Bréfritari: Stefanía Siggeirsdóttir
Viðtakandi: Páll Pálsson
Dagsetning: A-1871-01-02
Skrifað á: Hraungerði  Árn.
Stefanía var bróðurdóttir Páls Pálssonar

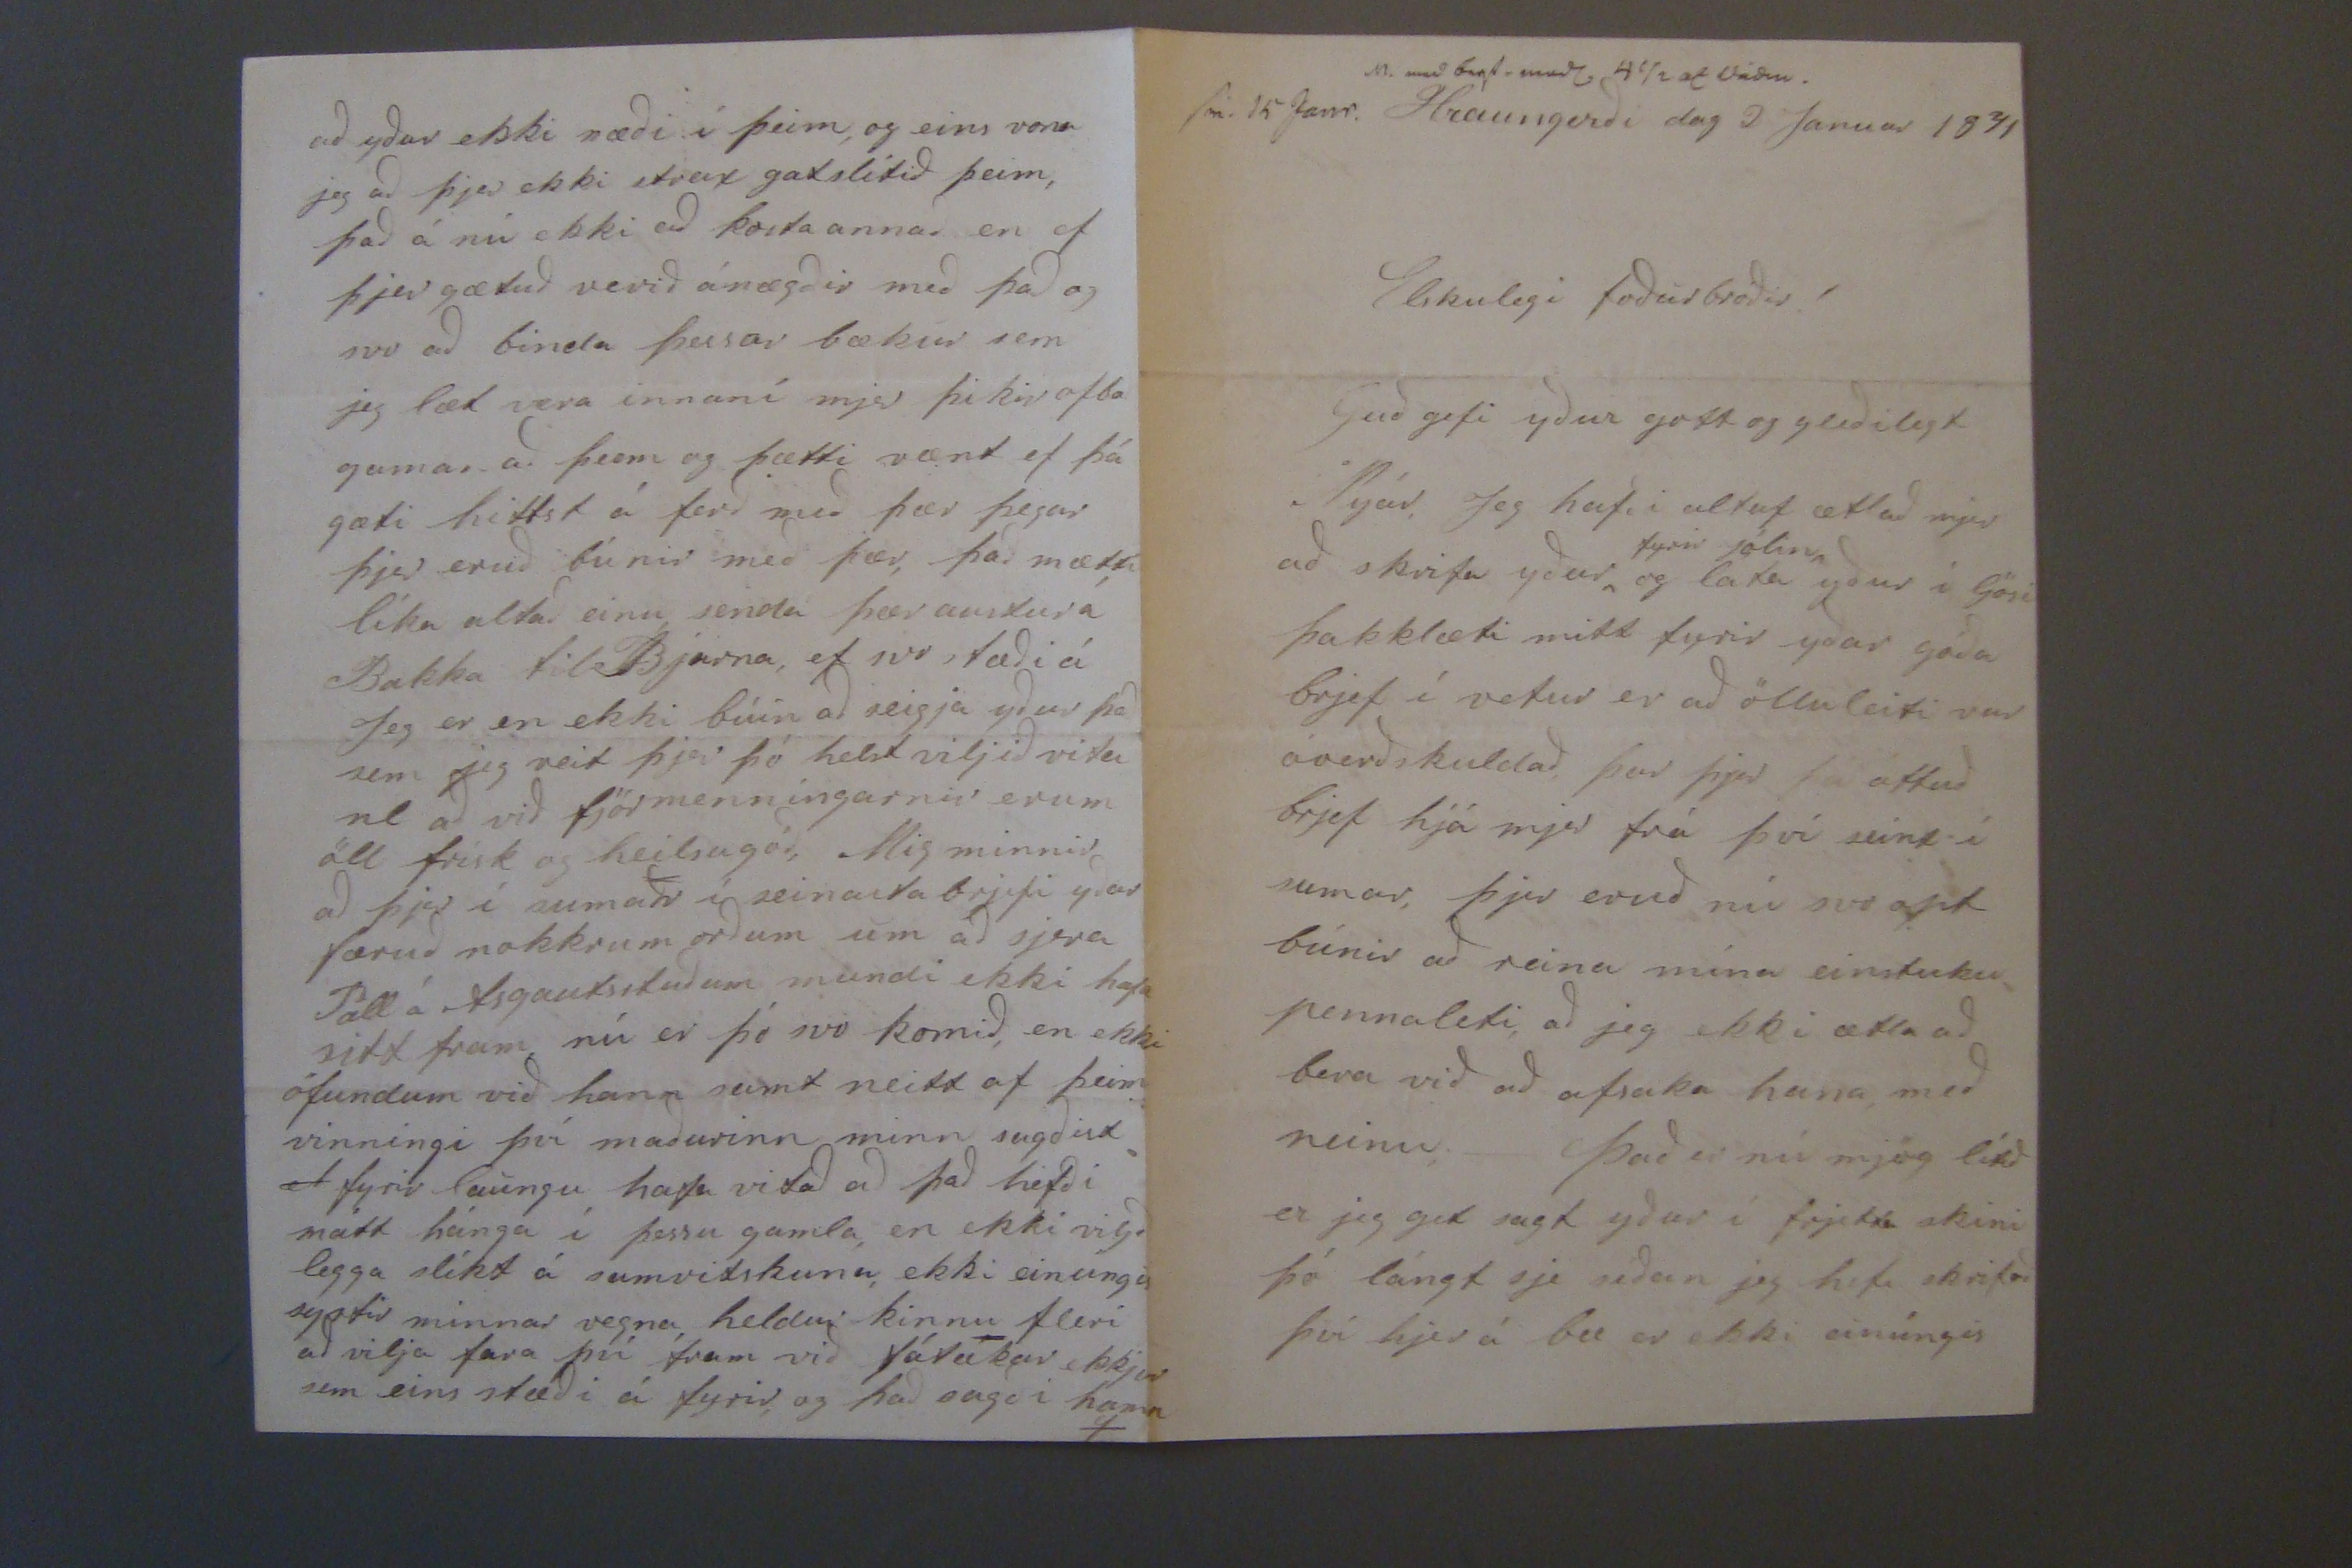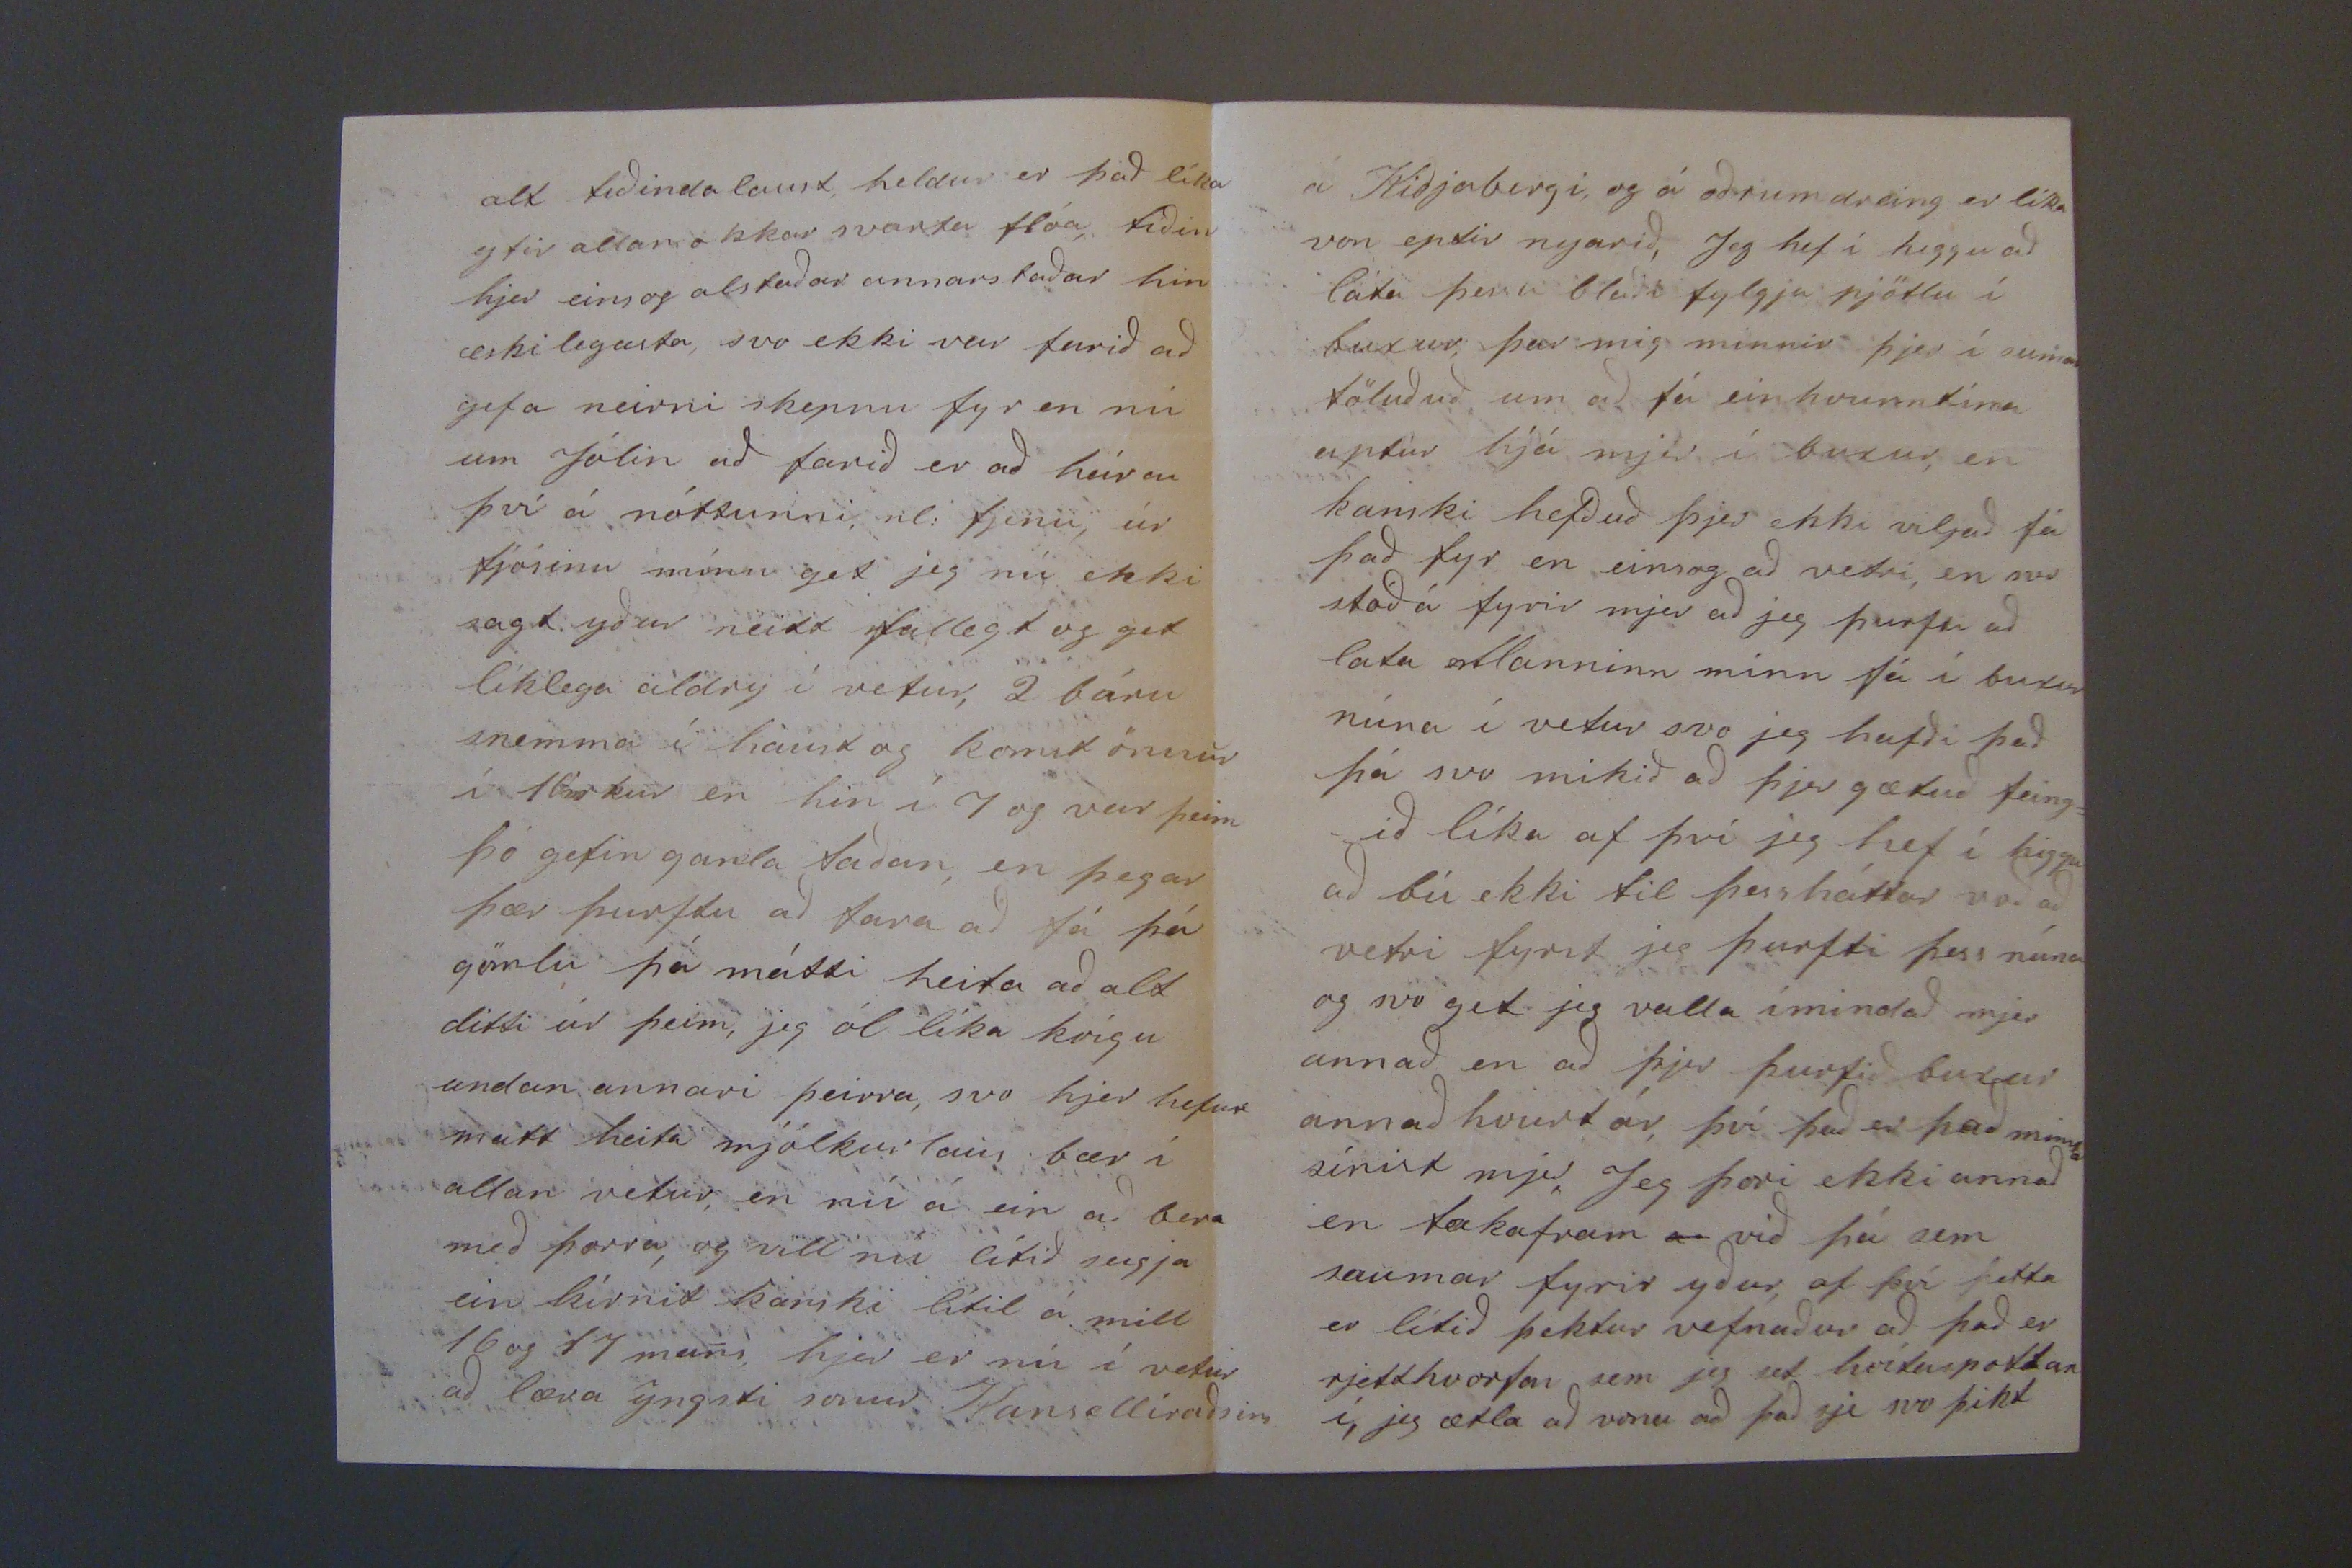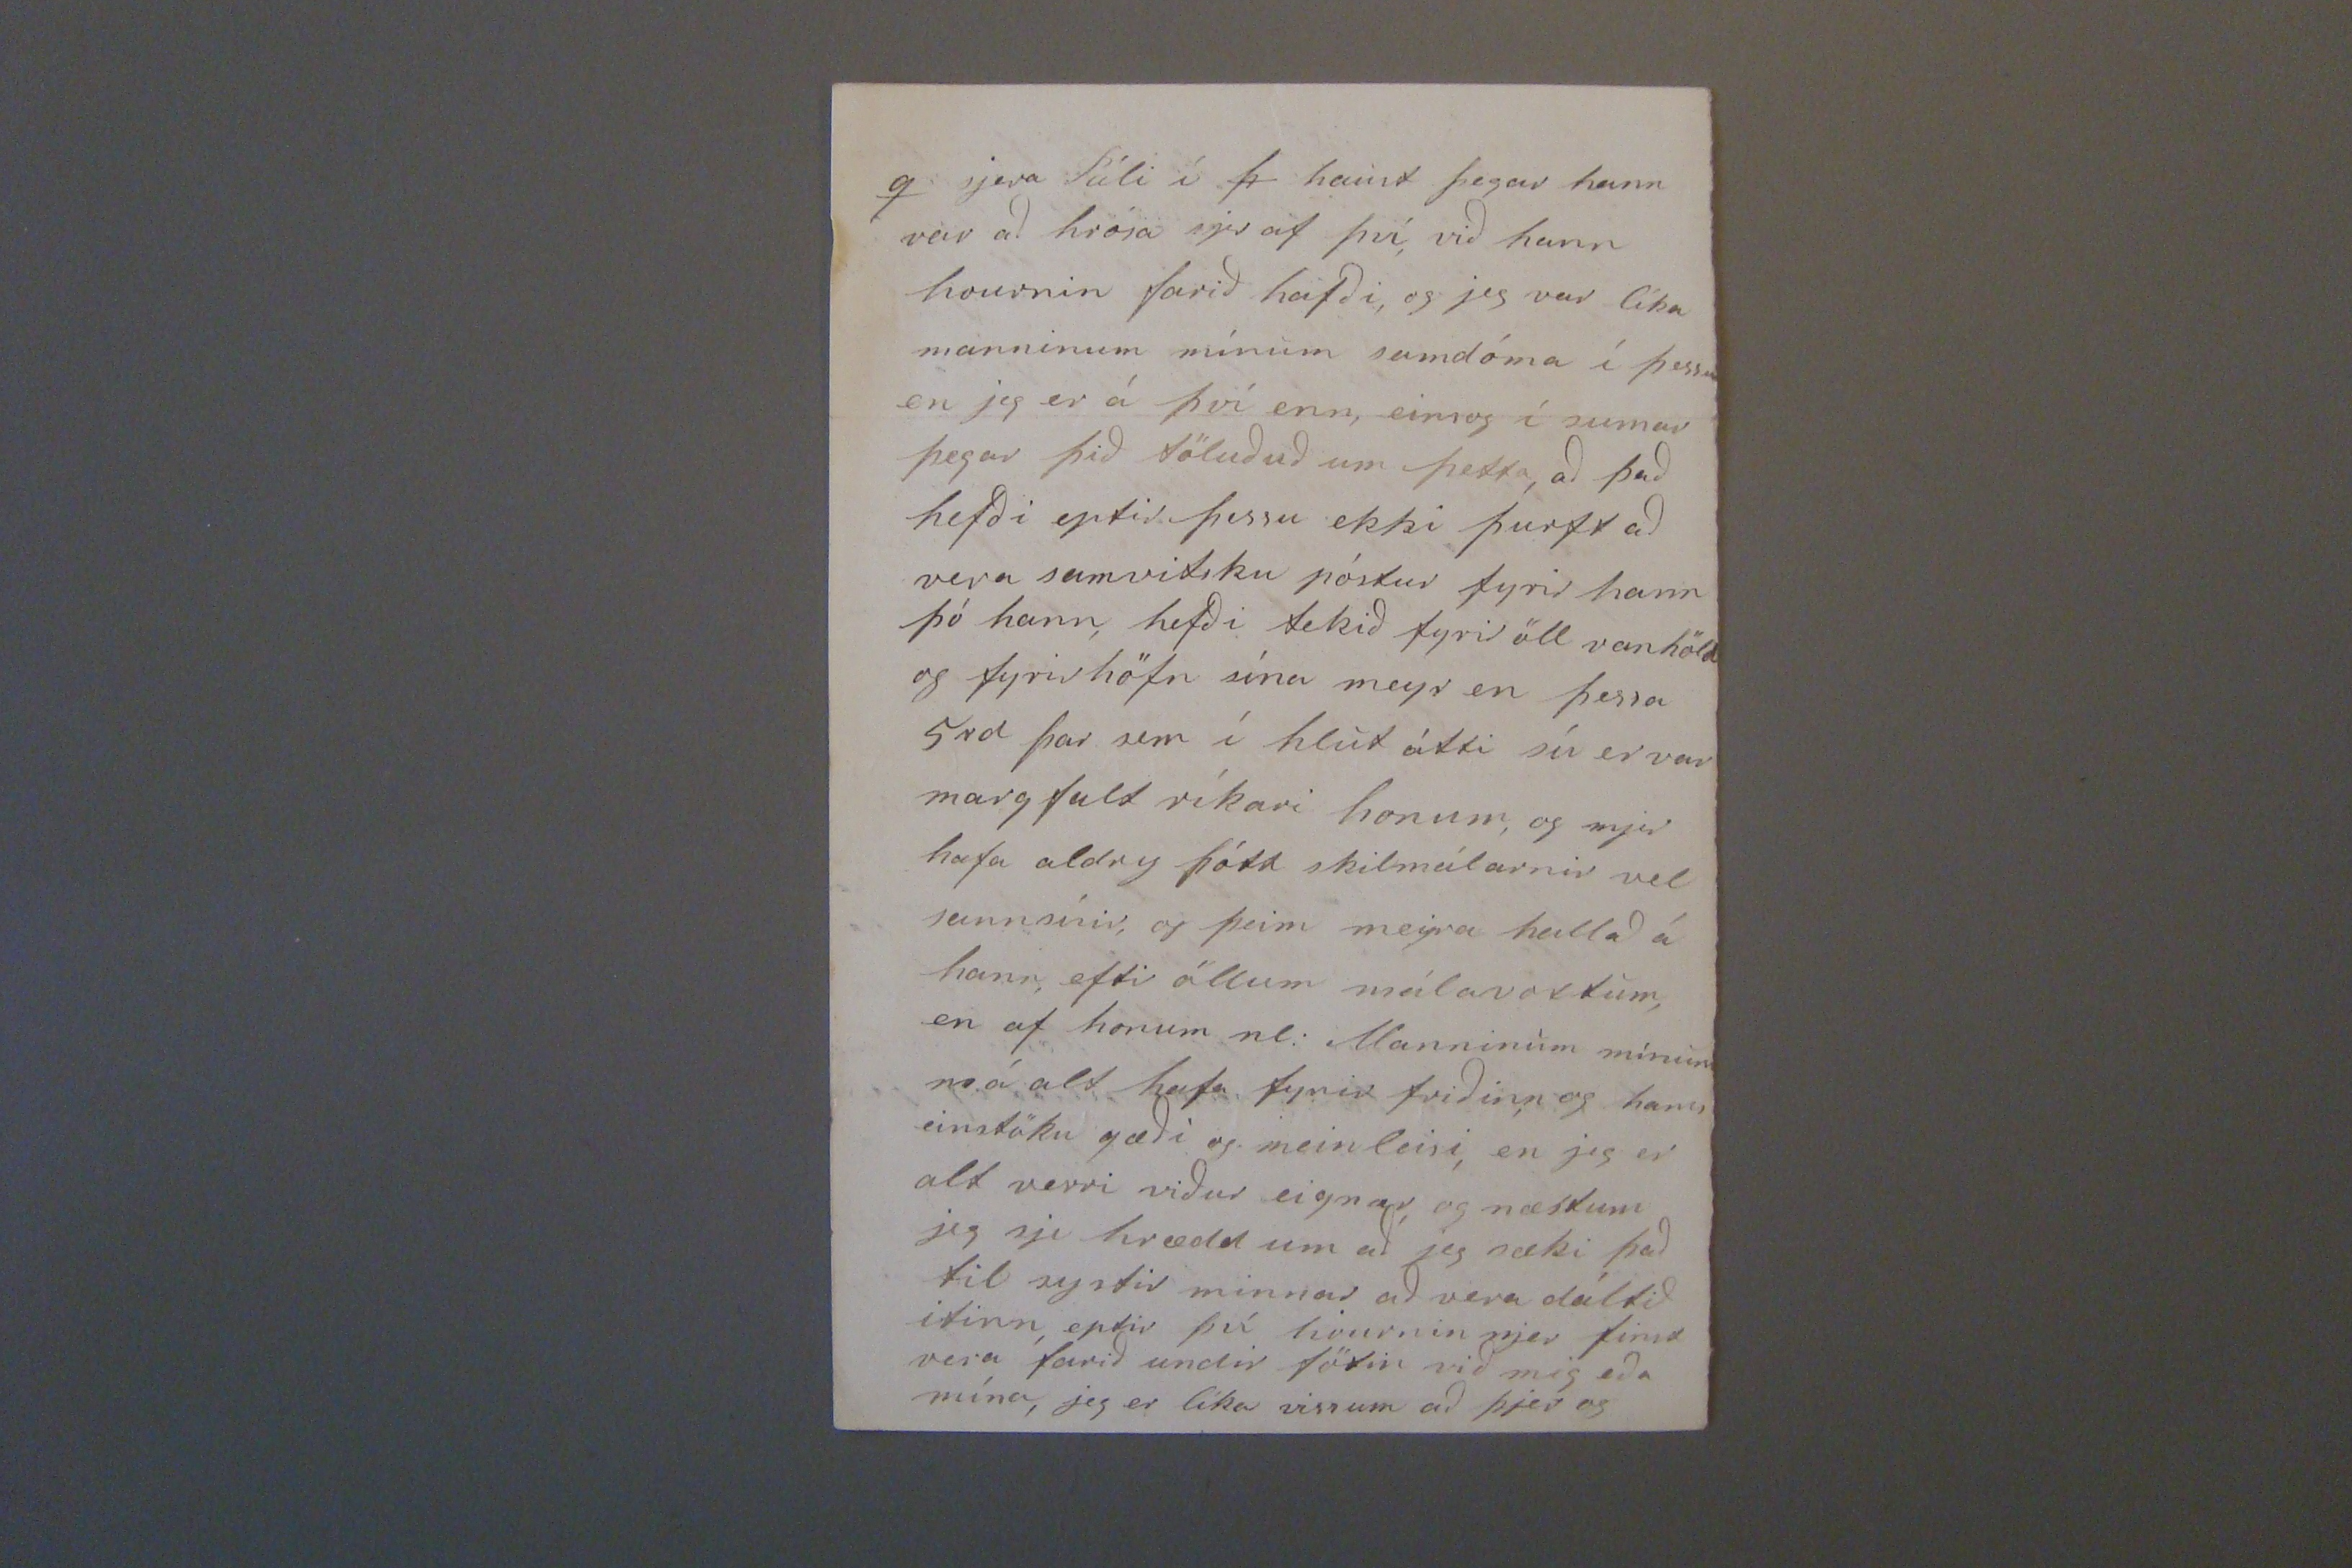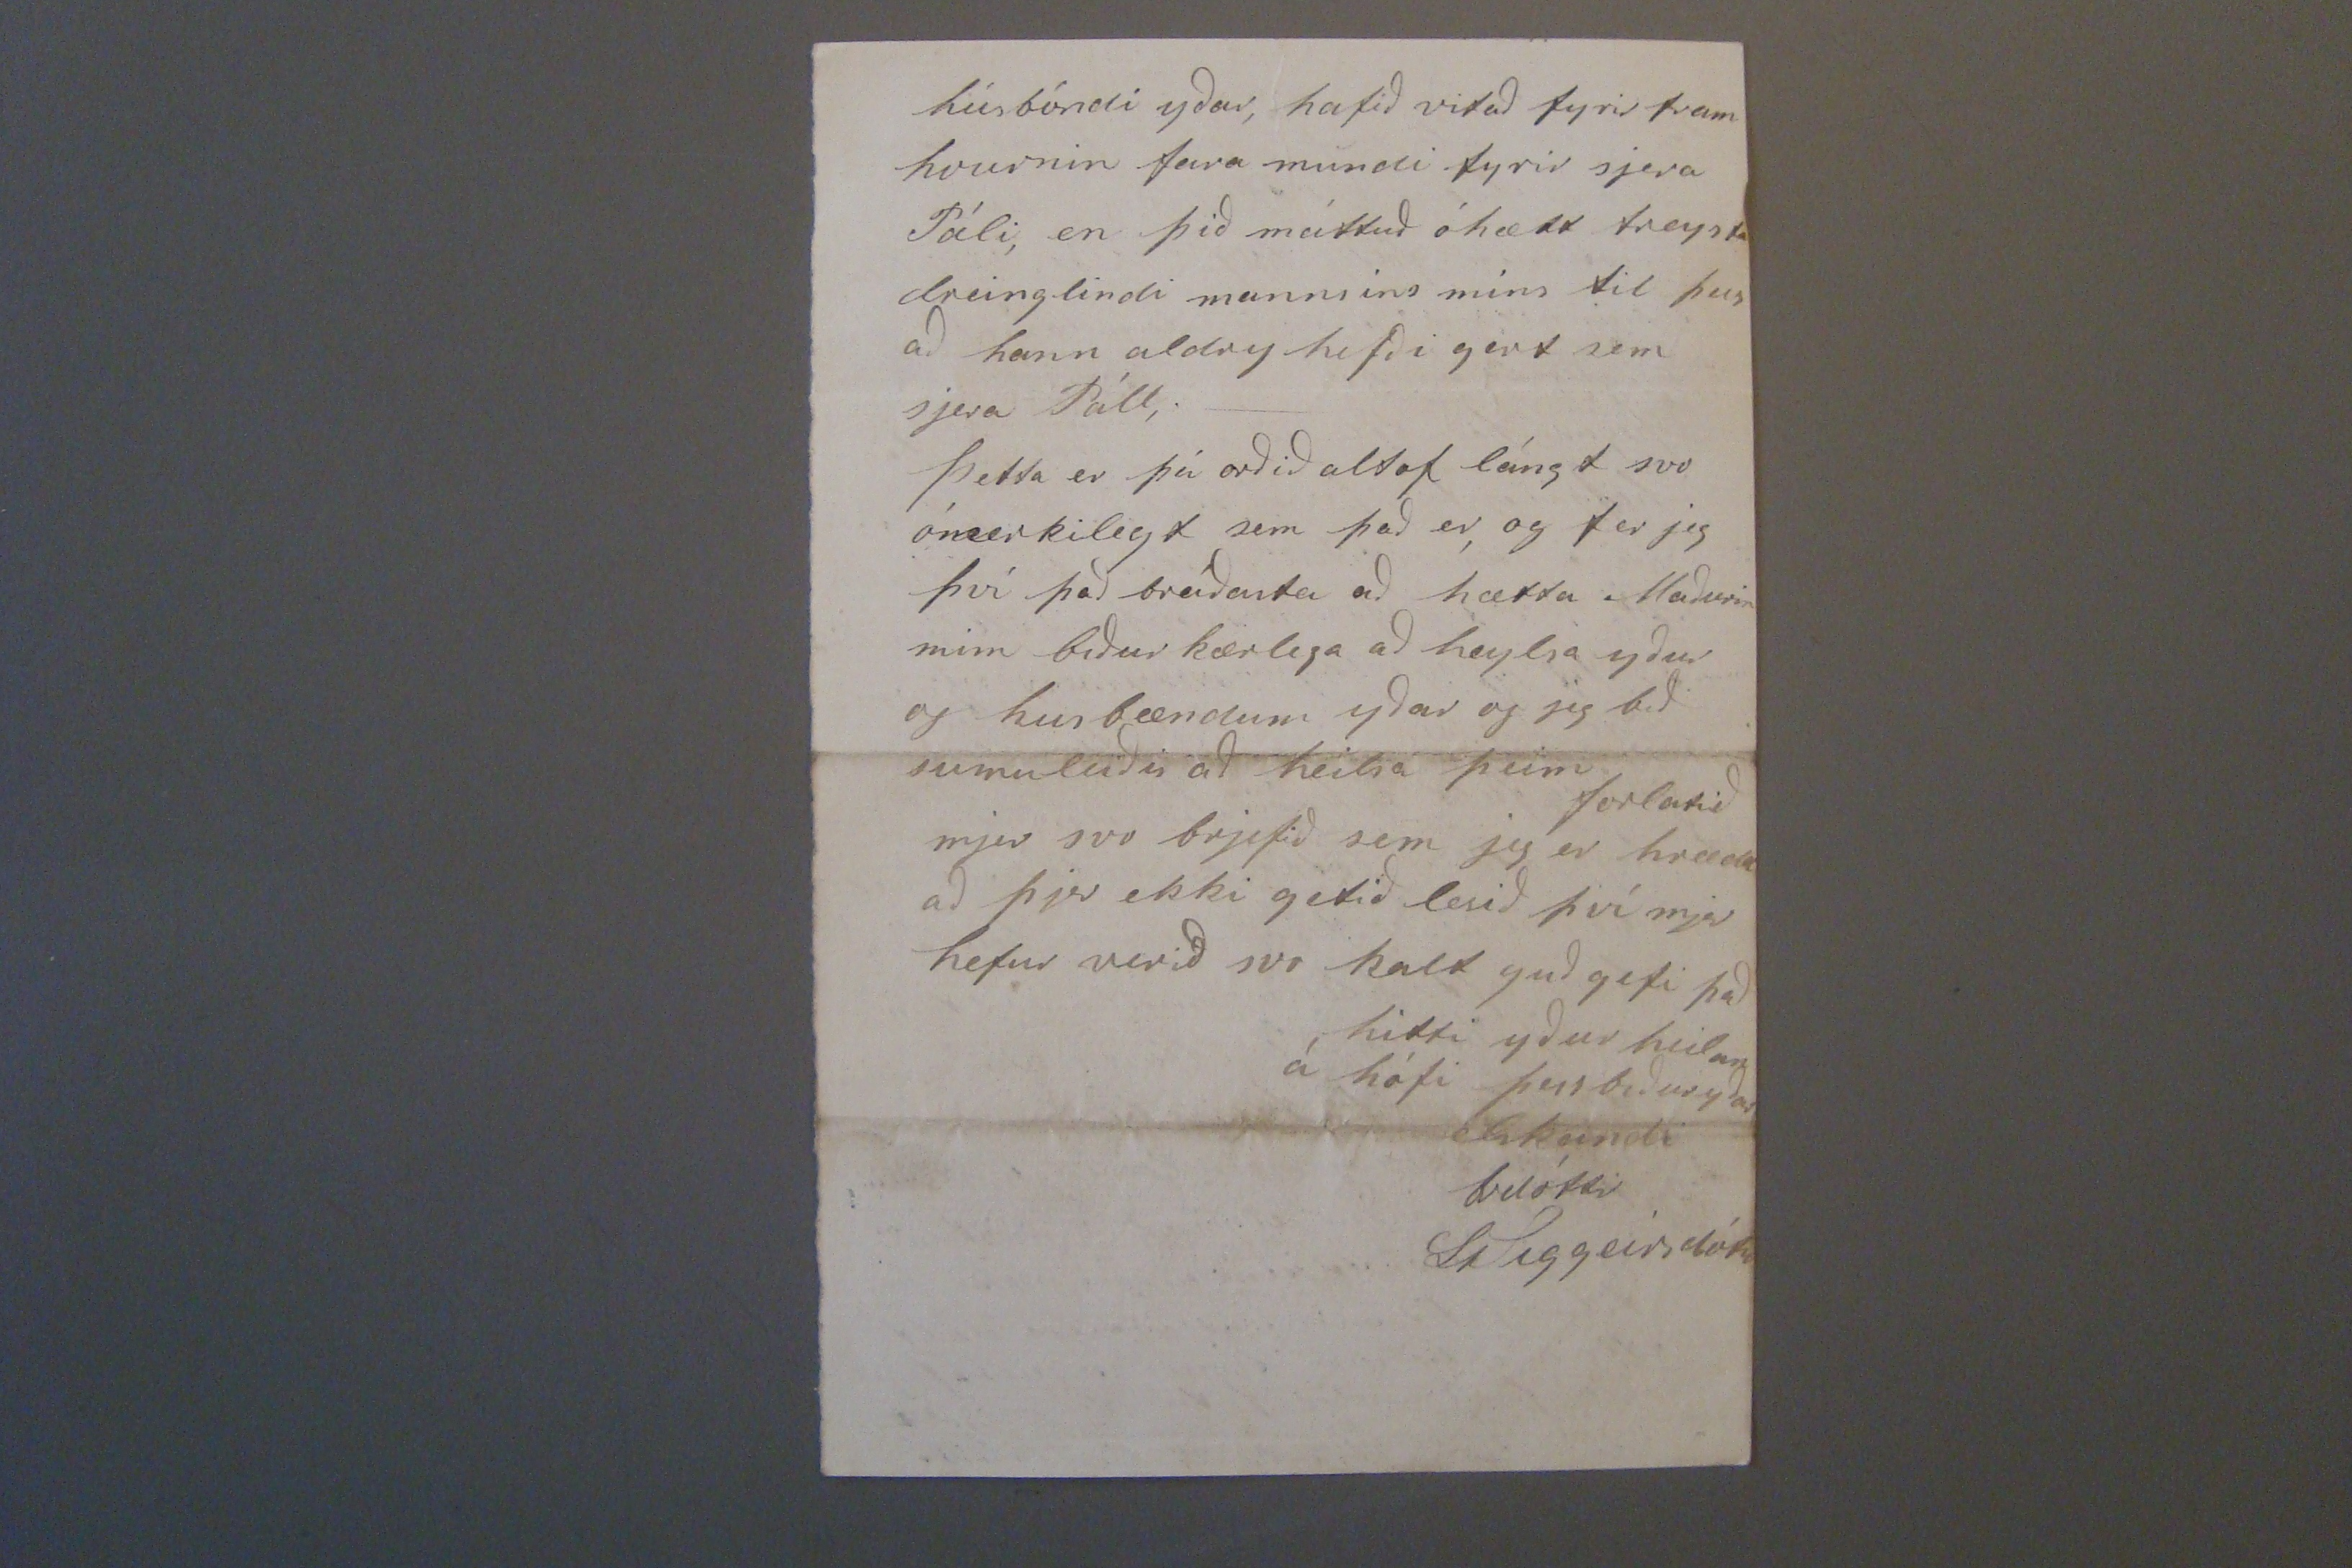

M. med bref medt 4 1/2 af Vadm. sv. 15 Janr.
Hraungerði dag 2 Januar 1871
Elskulegi foðurbróðir!
Guð gefi yður gott og gleðilegt Nyár, Jeg hafði altaf ætlað mjer að skrifa yður
fyrir jólin
og lata yður í ljósi þakklæti mitt fyrir yðar góða brjef í vetur er að öllu leiti var óverðskuldað, þar þjer þá áttuð brjef hjá mjer frá því seint í sumar, þjer eruð nú svo opt búnir að reina mína einstuku pennaleti, að jeg ekki ætla að bera við að afsaka hana með neinu;_ Það er nú mjög lítið er jeg get sagt yður í frjetta skini þó lángt sje síðan jeg hefi skrifað því hjer á bæ er ekki einúngis
alt tíðindalaust, heldur er það líka yfir allan okkar svarta flóa, tíðin hjer einsog alstaðar annarstaðar hin æskilegasta, svo ekki var farið að gefa neirni skepnu fyr en nú um Jólin, að farið er að heira því á nóttunni, nl: fjenu, úr fjósinu mínu get jeg nú ekki sagt yður neitt fallegt og get líklega aldry í vetur, 2 báru snemma í haust og komst önnur í 10 merkur en hin í 7 og var þeim þó gefin gamla taðan, en þegar þær þurftu að fara að fá þá gömlu þá mátti heita að alt ditti úr þeim, jeg ól líka kvígu undan annari þeirra, svo hjer hefur matt heita mjólkurlaus bær í allan vetur, en nú á ein að bera með þorra, og vill nú lítið seigja ein kír
nit
kanski lítil á mill 16 og 17 mans, hjer er nú í vetur að læra yngsti sonur Kansellíraðsins
á Kiðjabergi, og á oðrum dreing er líka von eptir nyarið, Jeg hef í higgu að láta þessu blaði fylgja pjötlu í buxur, þar mig minnir þjer í sumar töluðuð, um að fá einhvurntíma aptur hjá mjer í buxur, en kanski hefðuð þjer ekki viljað fá það fyr en einsog að vetri, en svo stóð á fyrir mjer að jeg þurfti að lata Manninn minn fá í buxur núna í vetur svo jeg hafði það þá svo mikið að þjer gætuð feing= =ið líka af því jeg hef í higgu að bír ekki til þess háttar vað að vetri fyrst jeg þurfti þess núna og svo get jeg valla ímindað mjer annað en að þjer þurfið buxur annað hvurt ár, því það er það minnsta sínist mjer, Jeg þori ekki annað en taka fram
a
við þá sem saumar fyrir yður, af því þetta er lítið þekktur vefnaður að, það er rjetthvorfar sem jeg set
hvíturpotlan
í, jeg ætla að vona að það sje svo þikt
að yður ekki næði í þeim, og eins vona jeg að þjer ekki strax gatslítið þeim, það á nú ekki að kosta annað en ef þjer gætuð verið ánægðir með það og svo að binda þessar bækur sem jeg læt vera innaní mjer þikir ofsa gaman að þeim og þætti vænt ef þá gæti hittst á ferð með þær þegar þjer eruð búnir með þær, það mætti líka altað einu senda þær austur á Bakka til Bjarna, ef svo stæði á Jeg er en ekki búin að seigja yður það sem jeg veit þjer þó helst viljið vita nl að við fjörmenníngarnir erum öll frísk og heilsugóð, Mig minnir að þjer í suma
d
r í seinasta brjefi yðar færuð nokkrum orðum um að sjera Pall á Asgautsstuðum mundi ekki hafa sitt fram, nú er þó svo komið, en ekki fóundum við hann samt neitt af þeim vinningi því maðurinn minn sagðist
æl
fyrir laungu hafa vitað að það hefði mátt hánga í þessu gamla, en ekki vílji legga slíkt á samvitskuna, ekki einungis systir minnar vegna, heldur kinnu fleri að vilja fara því fram við fátækar ekkjur sem eins stæði á fyrir og það sagði hann
sjera Súli í
þ
haust þegar hann var að hrósa sjer af því, við hann hvurnin farið hafði, og jeg var líka manninum mínum samdóma í þessu en jeg er á því enn, einsog í sumar þegar þið töluðuð um þetta, að það hefði eptir þessu ekki þurft að vera samvitsku póstur fyrir hann þó hann hefði tekið fyrir öll vanhöld og fyrirhöfn sína meyr en þessa 5rd þar sem í hlut átti sú er var margfalt ríkari honum, og mjer hafa aldry þótt skilmálarnir vel sannsínir, og þeim meyra hallað á hann eftir öllum málavoxtum, en af honum nl: Manninum mínum má alt hafa fyrir friðinn og hans, einstöku gæði og meinleisi, en jeg er alt verri viuðr eignar, og næstum jeg sje hrædd um að jeg sæki það til systir minnar að vera dáltið ifinn, eptir því hvurnin mjer finst vera farið undir fötin við mig eða mína, jeg er líka viss um að þjer og
húsbóndi yðar, hafið vitað fyrir fram hvurnin fara mundi fyrir sjera Páli, en þið máttuð óhætt treysta dreinglindi mannsíns míns til þess að hann aldrey hefði gert sem sjera Páll;_ Þetta er þá orðið altof lángt svo ómerkilegt sem það er, og fer jeg því það breiðasta að hætta Maðurin minn biður kærlega að heylsa yður og husbændum yðar og jeg bið sumuleiðis að heilsa þeim forlatið mjer svo brjefið sem jeg er hrædd að þjer ekki getið lesið því mjer hefur verið svo kalt guð gefi það hitti yður heilan á hófi þess biður yðar elskandi brdóttir
St Siggeirsdóttir